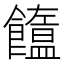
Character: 𩟣